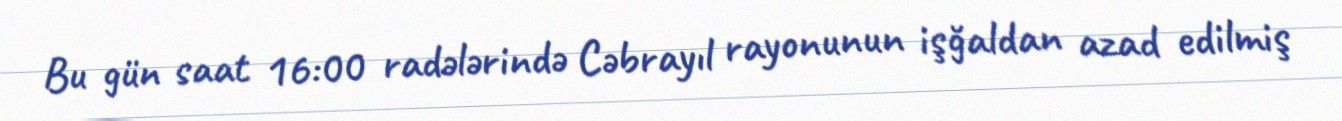
Bu gün saat 16:00 radələrində Cəbrayıl rayonunun işğaldan azad edilmiş